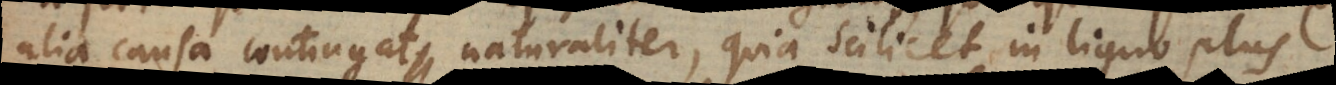
alia causa contingat naturaliter, quia scilicet in ligno plus